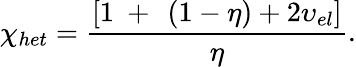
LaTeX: {{\chi}_{het}}=\frac{\left[1\mathrm{~+~}\left(1-\eta\right)+2{{\upsilon}_{el}}\right]}{\eta}.